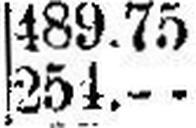
254.—